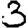
Digit: 3